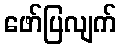
ဖော်ပြလျက်